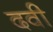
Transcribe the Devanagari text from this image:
दवी